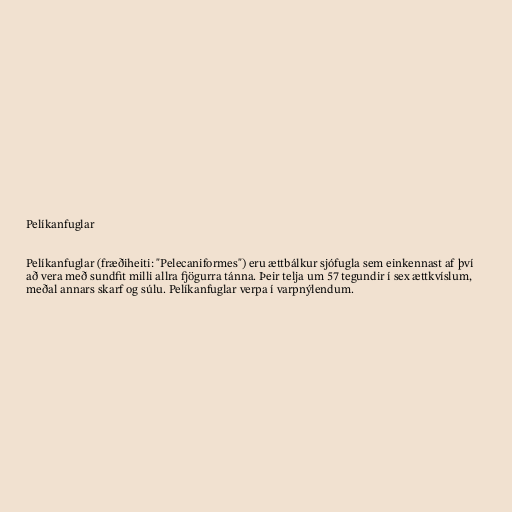
Pelíkanfuglar

Pelíkanfuglar (fræðiheiti: "Pelecaniformes") eru ættbálkur sjófugla sem einkennast af því
að vera með sundfit milli allra fjögurra tánna. Þeir telja um 57 tegundir í sex ættkvíslum,
meðal annars skarf og súlu. Pelíkanfuglar verpa í varpnýlendum.